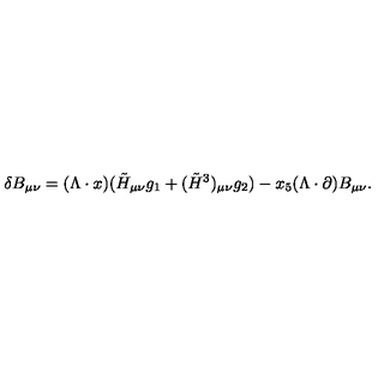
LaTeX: \delta B _ { \mu \nu } = ( \Lambda \cdot x ) ( \tilde { H } _ { \mu \nu } g _ { 1 } + ( \tilde { H } ^ { 3 } ) _ { \mu \nu } g _ { 2 } ) - x _ { 5 } ( \Lambda \cdot \partial ) B _ { \mu \nu } .